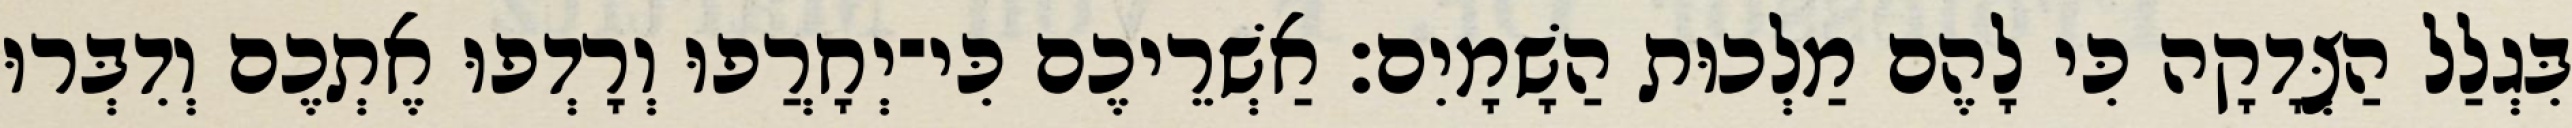
בִּגְלַל הַצְּדָקָה כִּי לָהֶם מַלְכוּת הַשָׁמָיִם׃ אַשְׁרֵיכֶם כִּי־יְחָרֲפוּ וְרָדְפוּ אֶתְכֶם וְדִבְּרוּ